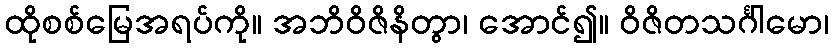
ထိုစစ်မြေအရပ်ကို။ အဘိဝိဇိနိတွာ၊ အောင်၍။ ဝိဇိတသင်္ဂါမော၊